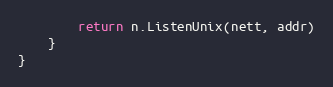
Language: Go
		return n.ListenUnix(nett, addr)
	}
}